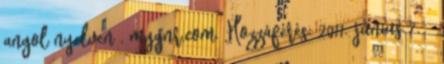
angol nyelven . mygnr.com. Hozzáférés: 2011. június 7. ↑